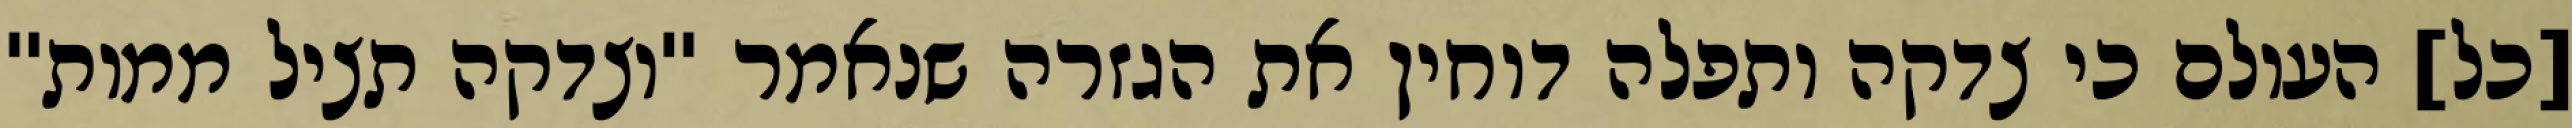
[כל] העולם כי צדקה ותפלה דוחין את הגזרה שנאמר "וצדקה תציל ממות"